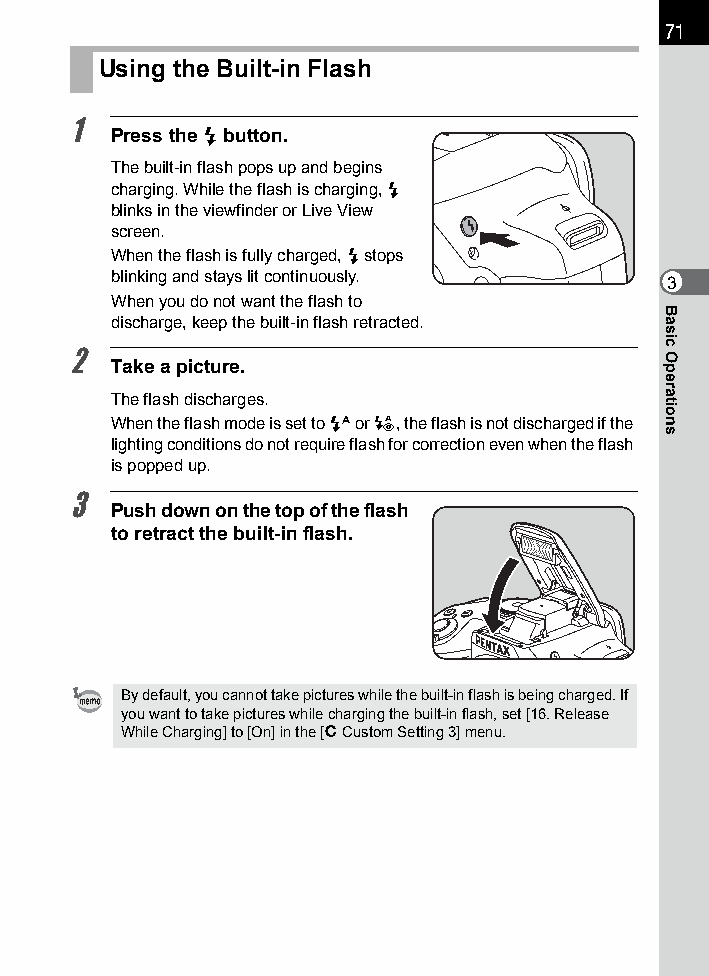
71
 Using the Built-in Flash
 1
 Press the E button.
 The built-in flash pops up and begins
 charging. While the flash is charging, E
 blinks in the viewfinder or Live View
 screen.
 When the flash is fully charged, E stops
 blinking and stays lit continuously. 3
 When you do not want the flash to
 discharge, keep the built-in flash retracted.
 2  Take a picture.
 The flash discharges.
 When the flash mode is set to C or i, the flash is not discharged if the
 lighting conditions do not require flash for correction even when the flash
 is popped up.
 3
 Push down on the top of the flash
 to retract the built-in flash.
 By default, you cannot take pictures while the built-in flash is being charged. If
 you want to take pictures while charging the built-in flash, set [16. Release
 While Charging] to [On] in the [A Custom Setting 3] menu.
 Basic
 Operations